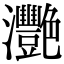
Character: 灧